Punjab Mental Hospital Lahore 1922-31 - 1922-1931
Year: 1922
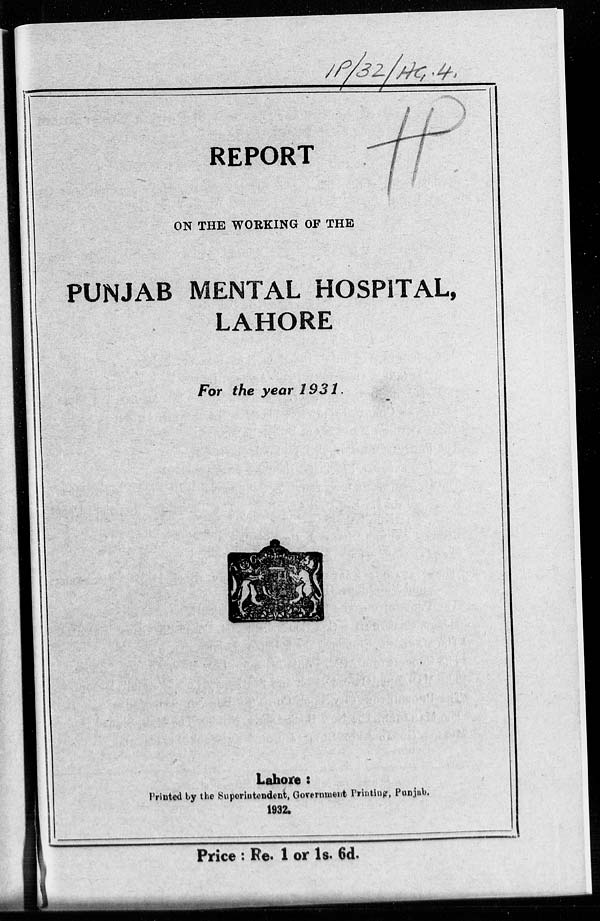
REPORT
ON THE WORKING OF THE
PUNJAB MENTAL HOSPITAL,
LAHORE
For the year 1931.
Lahore :
Printed by the Superintendent, Government Printing, Punjab,
1932.
Price : Re. 1 or 1s. 6d.